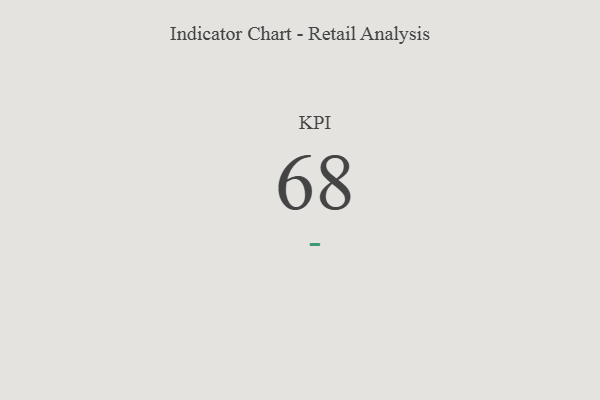
{"axis": {"x": "KPI", "y": "Value"}, "legend": [""], "data": [{"x": "KPI", "y": 68, "type": ""}]}